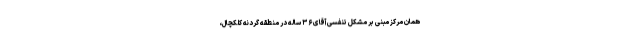
همان مرکز مبنی بر مشکل تنفسی آقای ۳۶ ساله در منطقه گردنه کلکچال،